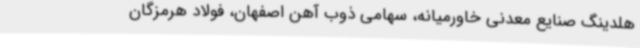
هلدینگ صنایع معدنی خاورمیانه، سهامی ذوب آهن اصفهان، فولاد هرمزگان